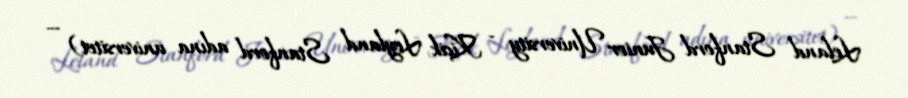
Leland Stanford Junior University - Kiçik Leyland Stanford adına universitet) —